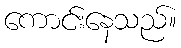
ကောင်းနေသည်။